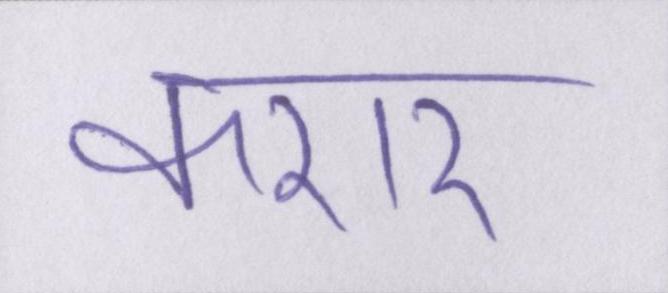
करार